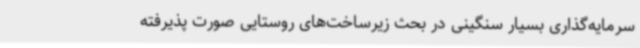
سرمایه‌گذاری بسیار سنگینی در بحث زیرساخت‌های روستایی صورت پذیرفته